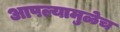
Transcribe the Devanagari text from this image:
आपल्यामुळेच